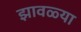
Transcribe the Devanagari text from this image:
झावळ्या